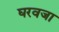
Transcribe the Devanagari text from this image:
घरवजा